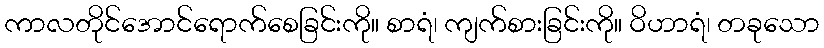
ကာလတိုင်အောင်ရောက်စေခြင်းကို။ စာရံ၊ ကျက်စားခြင်းကို။ ဝိဟာရံ၊ တခုသော